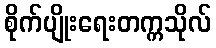
စိုက်ပျိုးရေးတက္ကသိုလ်